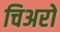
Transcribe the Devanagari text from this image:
चिअरो